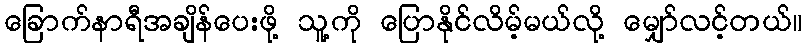
ခြောက်နာရီအချိန်ပေးဖို့ သူ့ကို ပြောနိုင်လိမ့်မယ်လို့ မျှော်လင့်တယ်။